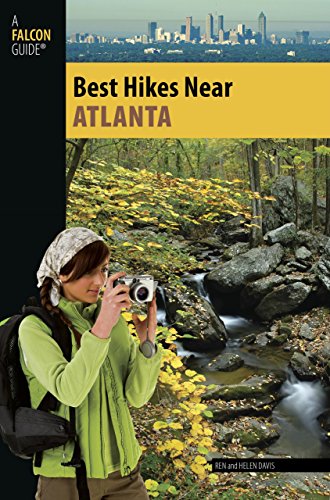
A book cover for Best Hikes Near Atlanta (Best Hikes Near Series); Render Davis; Travel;